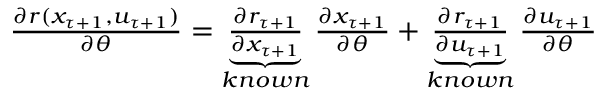
\begin{array} { r } { \frac { \partial r ( x _ { \tau + 1 } , u _ { \tau + 1 } ) } { \partial \theta } = \underbrace { \frac { \partial r _ { \tau + 1 } } { \partial x _ { \tau + 1 } } } _ { k n o w n } \frac { \partial x _ { \tau + 1 } } { \partial \theta } + \underbrace { \frac { \partial r _ { \tau + 1 } } { \partial u _ { \tau + 1 } } } _ { k n o w n } \frac { \partial u _ { \tau + 1 } } { \partial \theta } } \end{array}